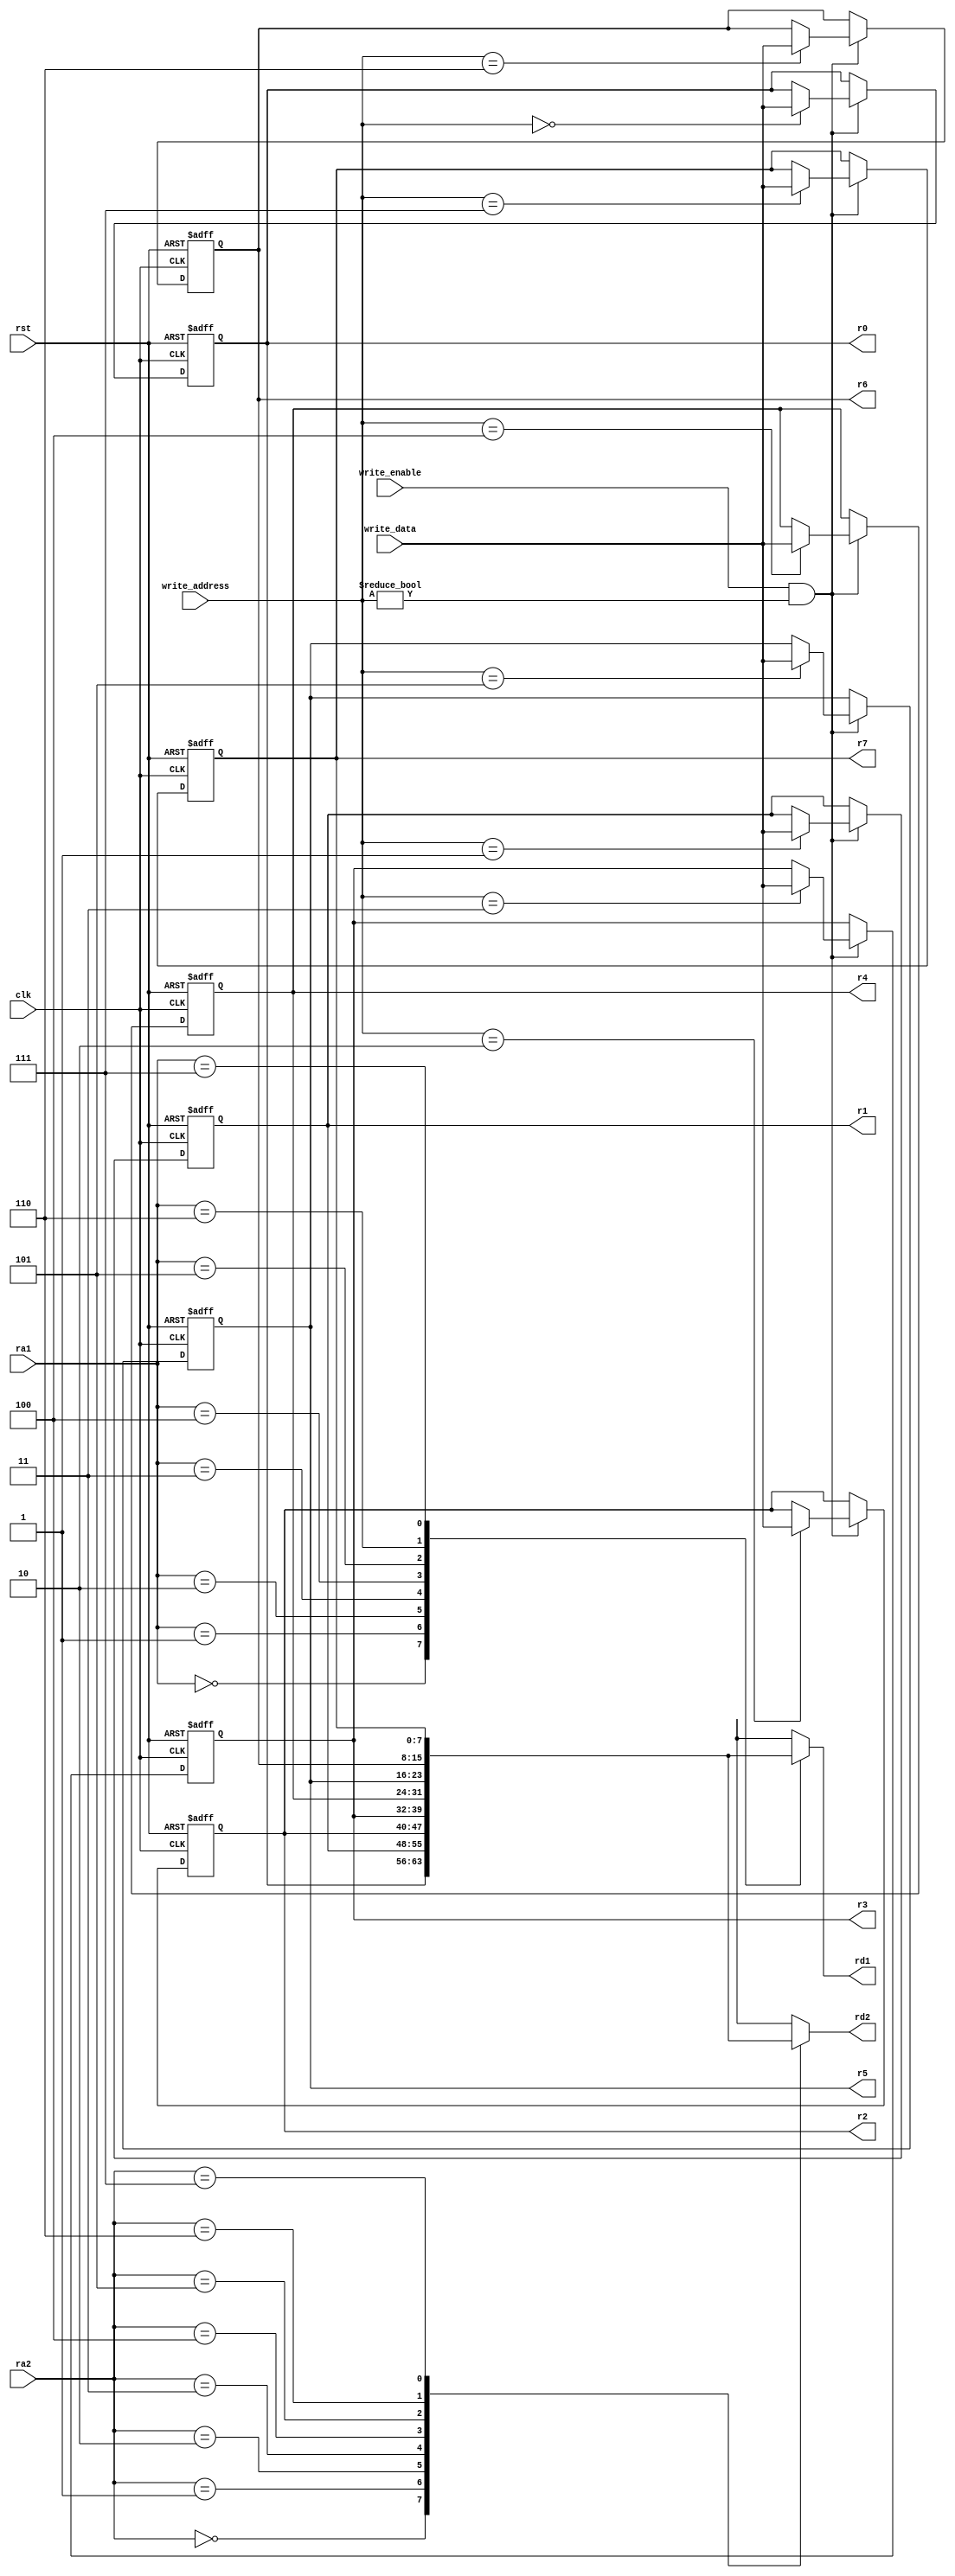
module RegisterFile
(
	input clk, rst, write_enable, 
	input [7:0] write_data,
	input [2:0] write_address, ra1, ra2,
  	output reg [7:0] rd1, rd2,
  	output reg [7:0] r0, r1, r2, r3, r4, r5, r6, r7
);
  	reg [7:0] registers [7:0];
  
  	always@*
	begin
		rd1 = registers[ra1];
		rd2 = registers[ra2];
      	r0 = registers[0];
		r1 = registers[1];
		r2 = registers[2];
		r3 = registers[3];
		r4 = registers[4];
		r5 = registers[5];
		r6 = registers[6];
		r7 = registers[7];
	end
  
  	always@(negedge clk or negedge rst)
	begin
		if(!rst)
		 begin
			registers[0] <= 8'b0;
			registers[1] <= 8'b0;
			registers[2] <= 8'b0;
			registers[3] <= 8'b0;
			registers[4] <= 8'b0;
			registers[5] <= 8'b0;
			registers[6] <= 8'b0;
			registers[7] <= 8'b0;
		 end
      else if(write_enable && (write_address!=3'b0))
		begin
			registers[write_address] <= write_data;
		end
	end
endmodule